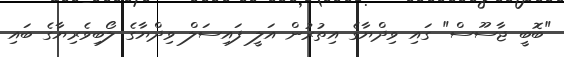
"ބޮބީ ޖާސޫސް" ގައި ވިދްޔާގެ އިތުރުން އަލީ ފައިސަލް ވިދްޔާގެ ލޯބިވެރިޔާގެ ބައި